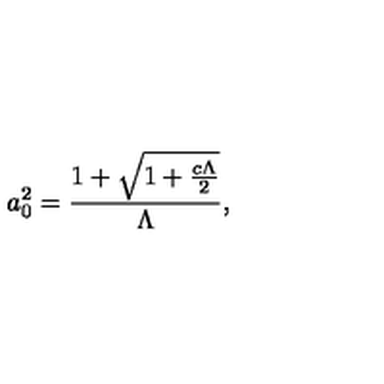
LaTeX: a _ { 0 } ^ { 2 } = \frac { 1 + \sqrt { 1 + \frac { c \Lambda } { 2 } } } { { \Lambda } } ,